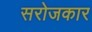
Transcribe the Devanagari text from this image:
सरोजकार